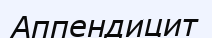
Аппендицит